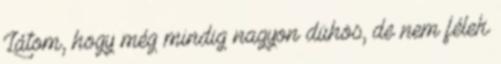
Látom, hogy még mindig nagyon dühös, de nem félek